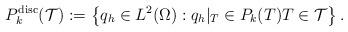
LaTeX: \begin{align*}{{P}}_k^{\mathrm{disc}}(\mathcal{T}):=\left\{q_h\in L^2(\Omega): q_h|_T\in P_k(T) T\in \mathcal{T}\right\}.\end{align*}